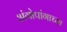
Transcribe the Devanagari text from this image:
अंगोपांगाच्या